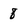
Character: 8